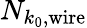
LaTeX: N_{k_{0},\mathrm{wire}}